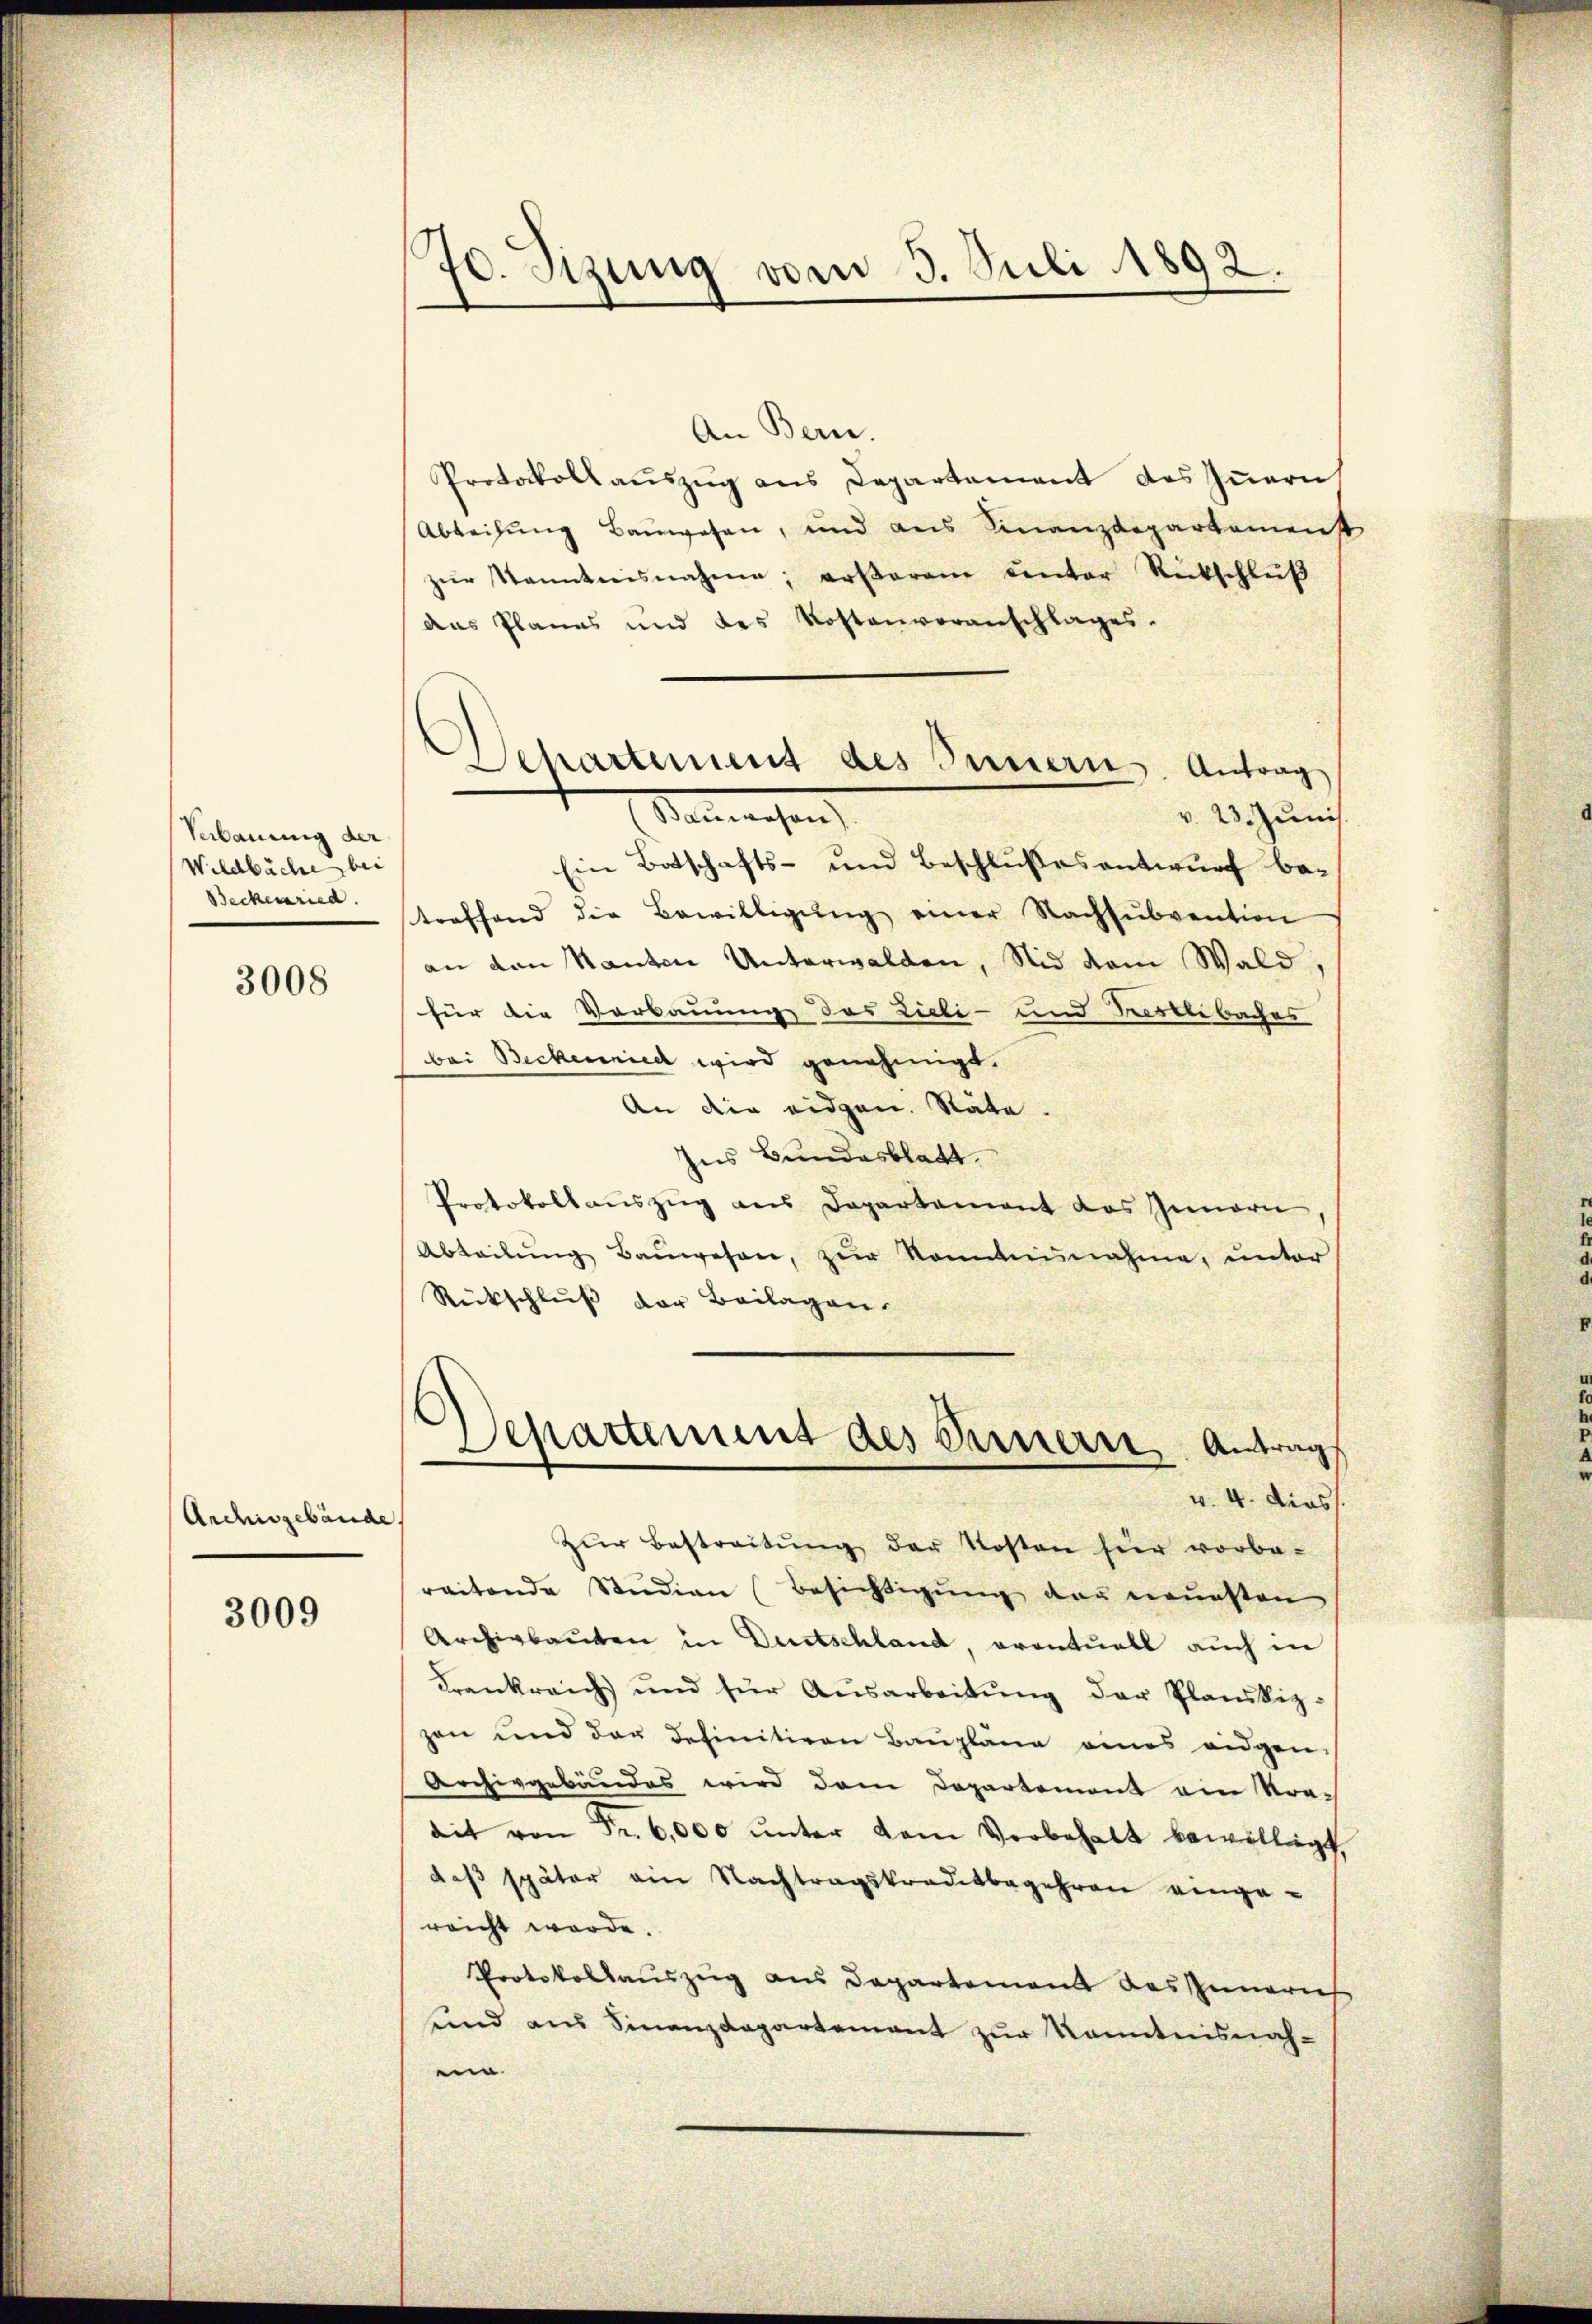
Verbauung der
Wilchbäche bei
Beckenried.

3008

Archisgebäude

3009

.
70. Sizung vom 3. Juli 1892.

Departement des Innern. Antrag
Sauwesen,
v. 23. Junis.

An Bern.
Protocollauszug aus Departement des Iṅern
Ableihung Bauwesen, und aus Finanzdepartamenst
zŭr Kenntnisnahme; ersterem unter Rückschlŭβ
das Planes und des Kostenvoranschlages.
Ein Botschafts- und Beschlußes antwurf betreffend die Bewilligŭng einer Nachsŭbvention
an den Kanton Unterwalden, Nid dem Wald
für die Verbauung des Liebi- und Testlebaches
bei Beckenried wird genehmigt.
An die eidgen. Stäte.
hes Bundesblatt.
Protokollauszug aus Departement das Innern
Abteilŭng Baŭwesen, zŭr Sonntennahme, unter
Rückschluß der Beilagen.

Departement des Bernerer Antrag
v. 4. dies
.

zŭr Bestreitŭng der Kosten für vorbe-
reitende Studien Besichtigung der errunsten
Archivbauten in Duetschland, eventuell auch in
Frankreich und für Aŭsarbeitŭng der Planskiz-
zen und der definitiven Baŭpläne eines eidgen.
Archivgebäudes wird dem Departement ein Stradit von Fr. 6,000 ŭnter dem Vorbehalt bewilligt.
das später ain Nachtragskreditbegehren eingereicht werde.
Protokollaŭszŭg ans Departement des Inneris
und aus Finanzdepartement zur Kenntnisnahei